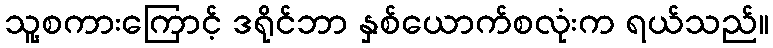
သူ့စကားကြောင့် ဒရိုင်ဘာ နှစ်ယောက်စလုံးက ရယ်သည်။